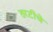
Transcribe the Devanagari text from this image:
तरटीचे